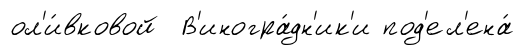
ол'и́вковой В'иногра́дн'ик'и под'ел'ена́